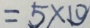
= 5 \times 1 0